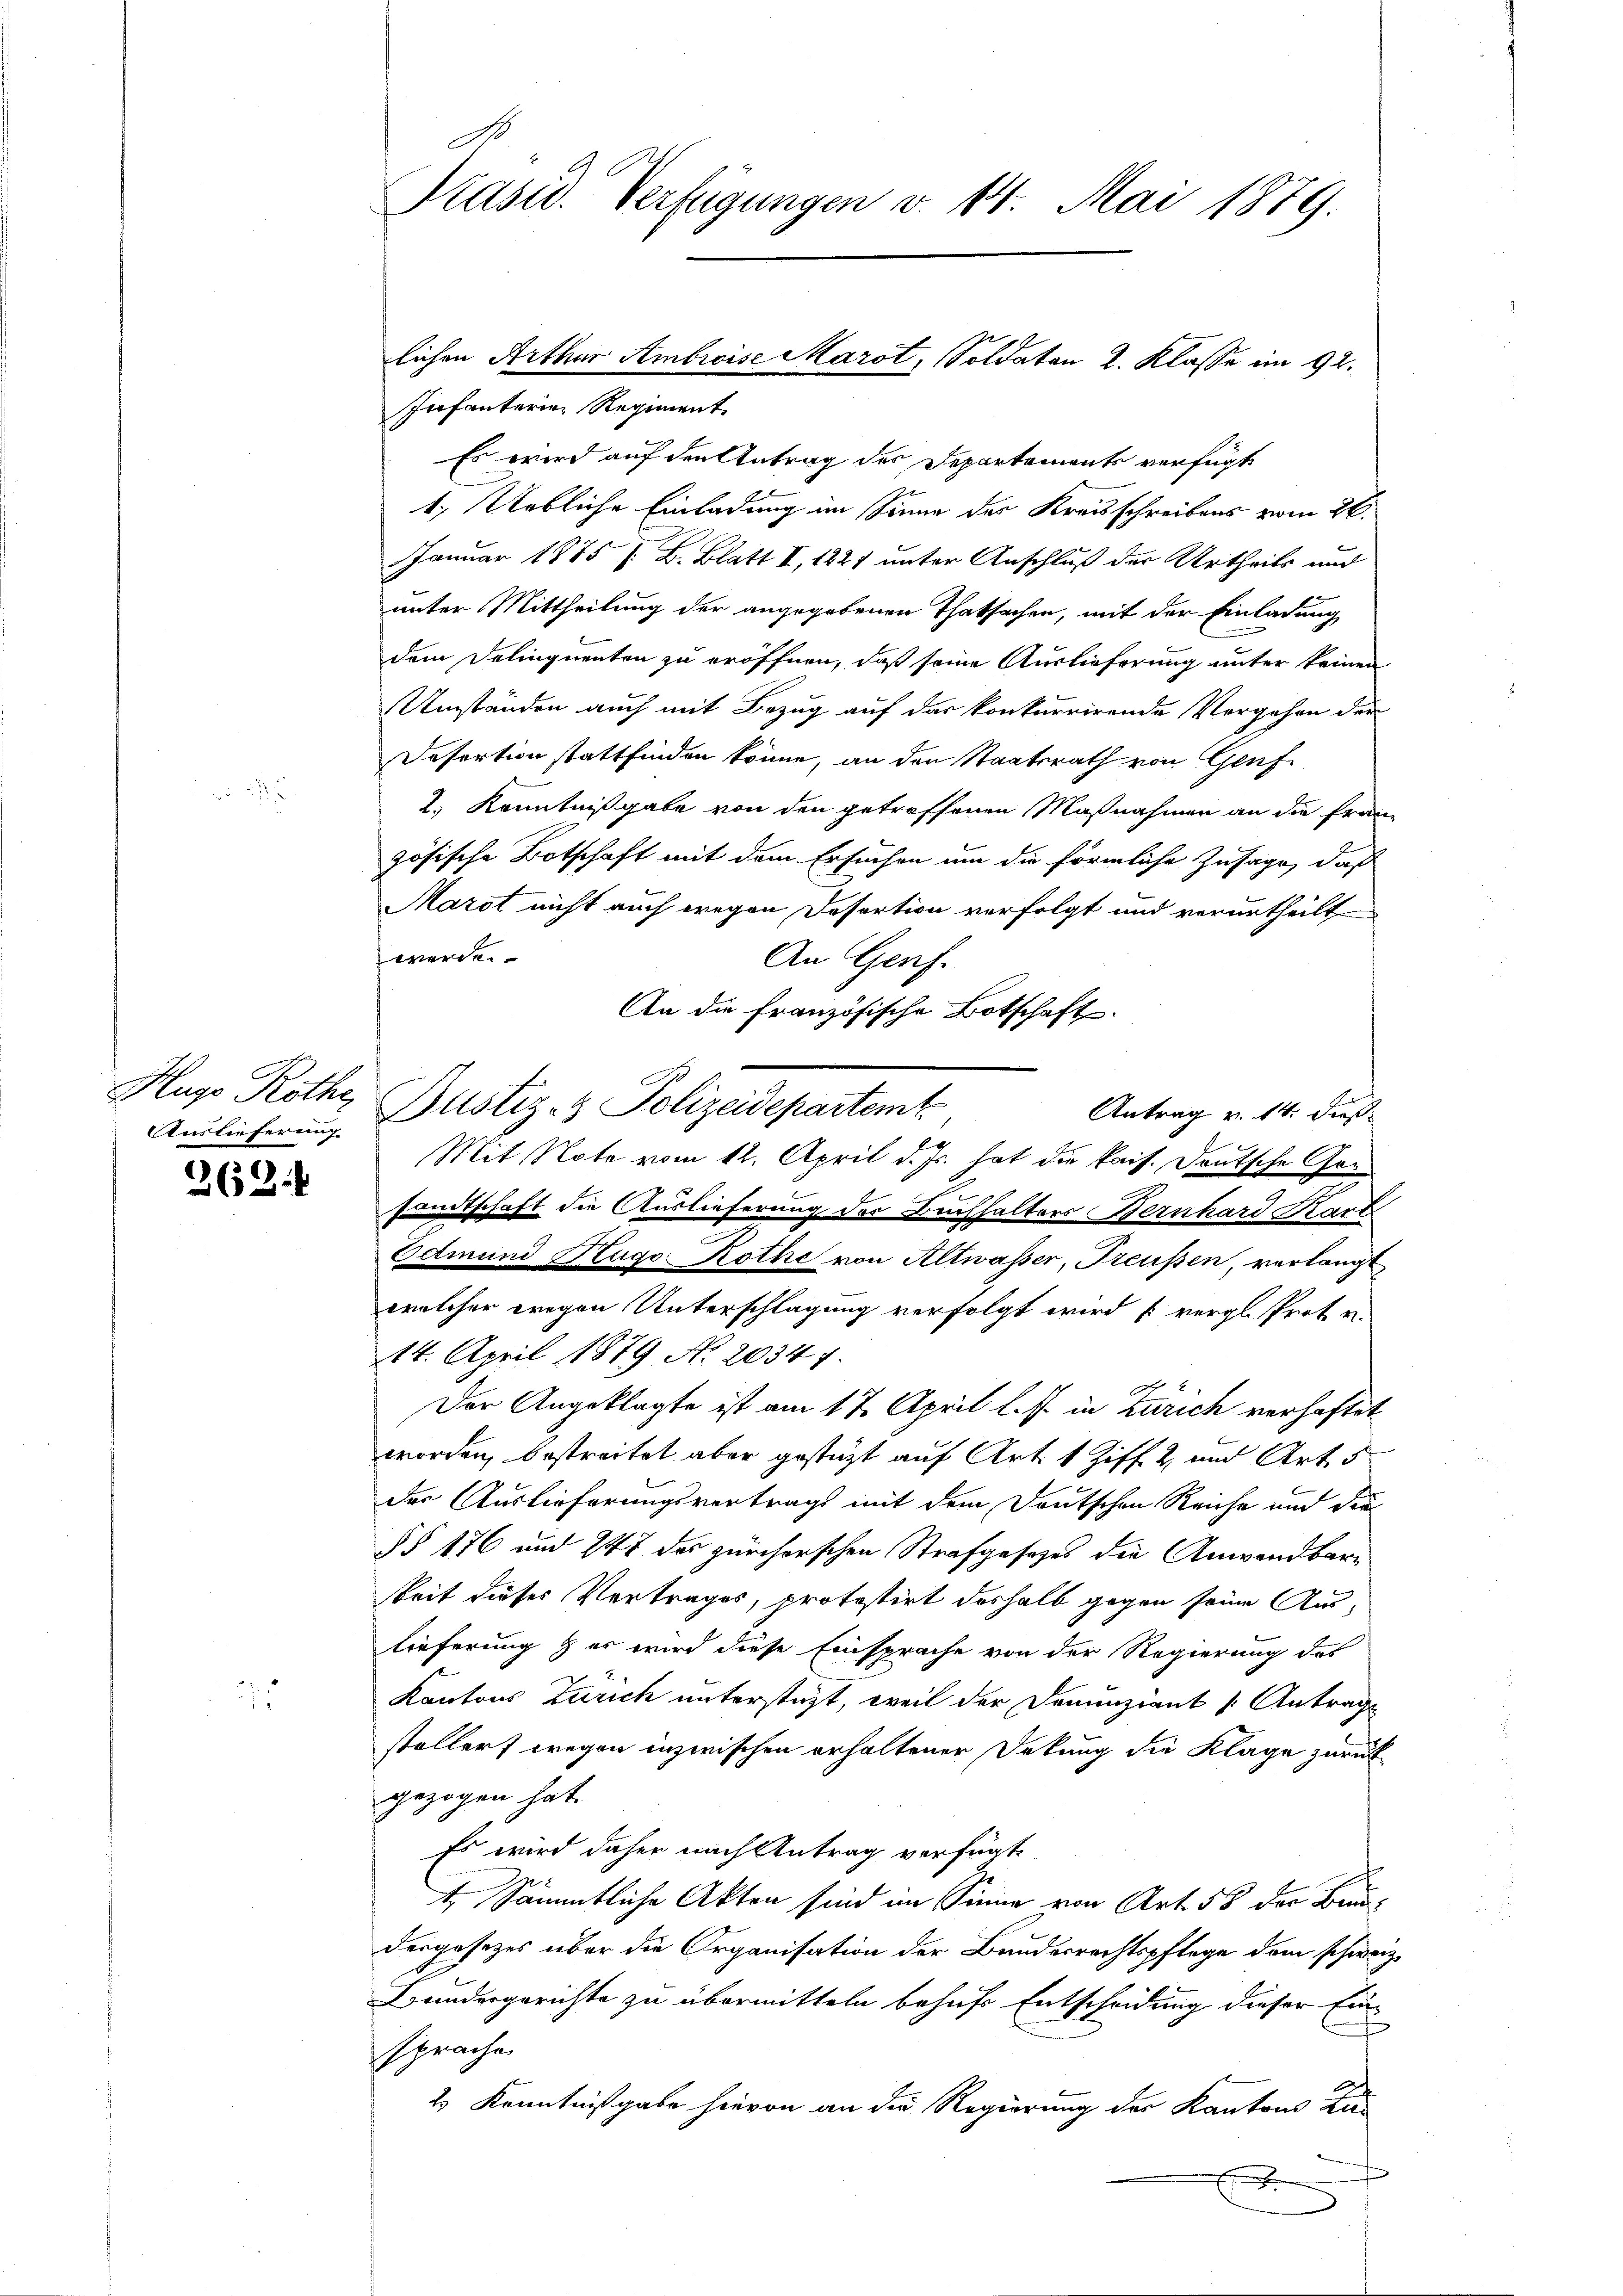
Auslieferung

262.

Infanterien Regiment
Es wird auf den Antrag der Departements verfügt
1.) Uebliche Einladung im Sinne des Kreisschreibens vom 26.
Januar 1875 / B. Blatt I, 1827 unter Anschluß der Urtheils und
unter Mittheilung der angegebenen Thatsachen, mit der Einladung
dem Delinquenten zu eröffnen, daß seine Auslieferung unter keinen
Umständen auch mit Bezug auf das konkurrirende Vergehen der
Defortion stattfinden könne, an den Staatsrath von Genf
2.) Kenntnißgabe von den getroffenen Maßnahmen an die Französische Botschaft mit dem Ersuchen um die förmliche Zusage, daß
Marot nicht auch wegen Desertion verfolgt und verurtheilt
werde.
An Genf.
An die Französische Botschaft.
Hugo Rothe Justiz- & Polizeidepartemt
Antrag v. 14. dieß
Mit Note vom 12. April d. Js. hat die kais. Deutsche Gersandtschaft die Auslieferung der Buchhalters Bernhard Kart
Edmund Hugo Rothe von Altwasser, Freussen, verlangt
welcher wegen Unterschlagung verfolgt wird (vergl. Prot v.
114. April 1879 No 20347.
Der Angeklagte ist am 17. April l. J. in Zürich verhaftet
worden, bestreitet aber gestüzt auf Art. 1 Ziff. 2 und Art. 5
der Auslieferungsvertrags mit dem Deutschen Reiche und die
§ § 176 und 747 des zürcherschen Strafgesetzes die Anwendbare
keit dieses Vertrages, protestirt deshalb gegen seine Aus-
lieferung & es wird diese Einsprache von der Regierung des
Kantons Zürich unterstüzt, weil der Denunziant Antrags
stellert wegen inzwischen erhaltener Dekung die Klage zurückgezogen hat.
Es wird daher nach Antrag verfügte
4 Sämmtliche Akten sind im Sinne von Art. 58 der Brundesgesetzes über die Organisation der Bandesrechtspflege dem schweiz.
Bundesgerichte zu übermitteln behufs Entscheidung dieser Einsprache
2.) Kenntnißgabe hievon an die Regierung der Kantons Zu-

xx
Präsid. Verfügungen v. 14. Mai 1879.

lichen Arthur Ambroise Marot, Soldaten 2. Klasse im 92.